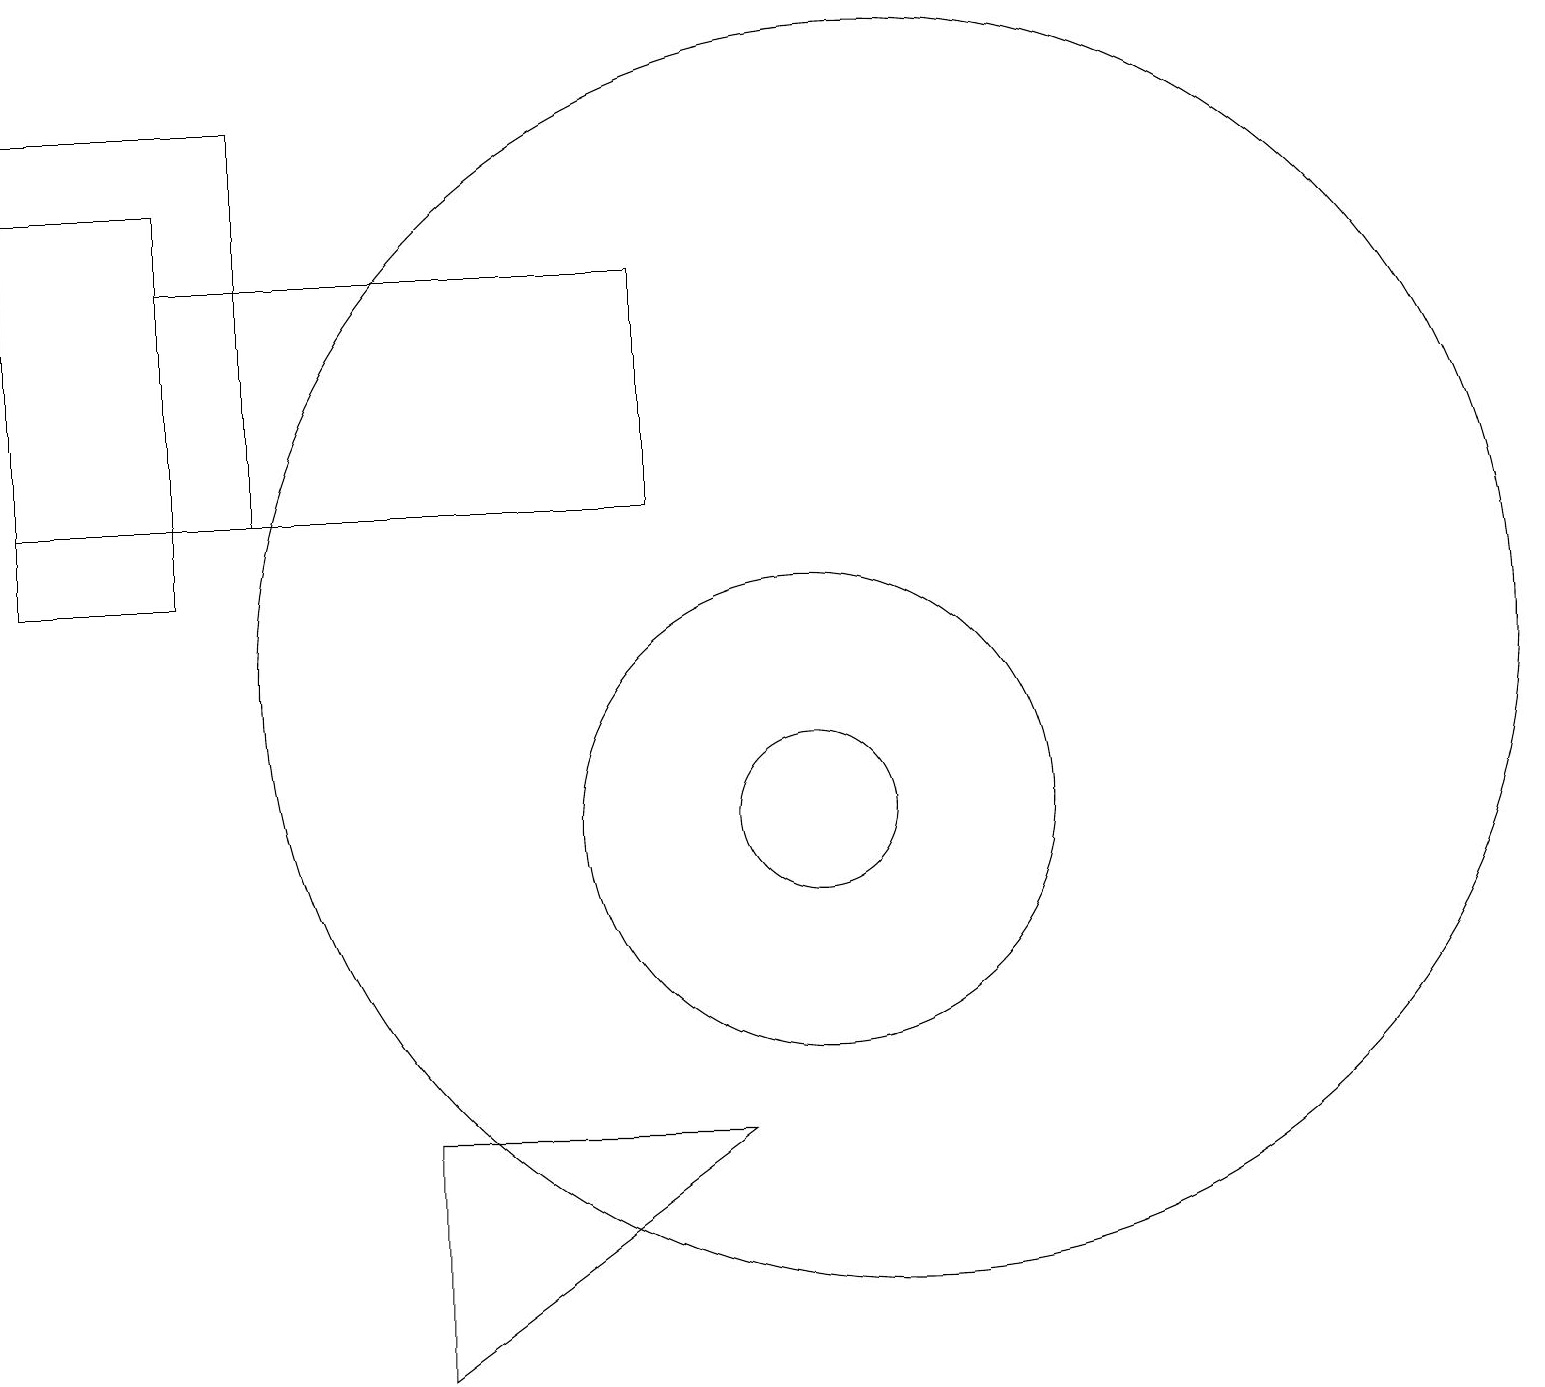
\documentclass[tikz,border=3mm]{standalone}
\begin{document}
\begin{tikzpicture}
\draw (5,6) -- (9,6) -- (5,3) -- cycle;
\draw (8,14) rectangle (2,17);
\draw (3,19) rectangle (0,14);
\draw (10,10) circle (3);
\draw (10,10) circle (1);
\draw (11,12) circle (8);
\draw (0,18) rectangle (2,13);
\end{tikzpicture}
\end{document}